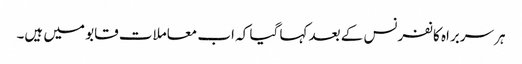
ہر سربراہ کانفرنس کے بعد کہا گیا کہ اب معاملات قابو میں ہیں۔